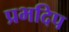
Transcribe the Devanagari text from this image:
प्रभदिप